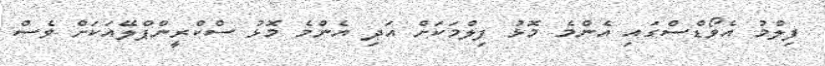
ފިލްމު އެވޯޑްސްގައި އެންމެ މޮޅު ފިލްމަކަށް އަދި އެންމެ މޮޅު ސްކްރީންޕްލޭއަކަށް ވެސް